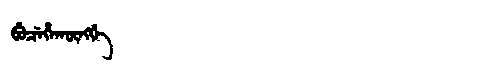
Manchu: ᠪᡠᠴᡝᡥᠠᡴᡡᠩᡤᡝ
Romanization: BUCEHAKŪNGGE